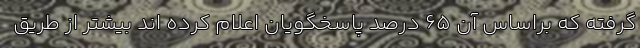
گرفته که براساس آن ۶۵ درصد پاسخگویان اعلام کرده­ اند بیشتر از طریق